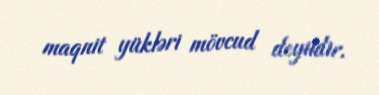
maqnit yükləri mövcud deyildir.